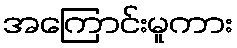
အကြောင်းမူကား